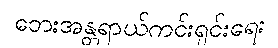
ဘေးအန္တရာယ်ကင်းရှင်းရေး